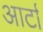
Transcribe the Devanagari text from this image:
आर्टा